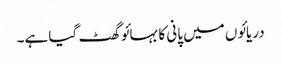
دریائوں میں پانی کا بہائو گھٹ گیا ہے۔